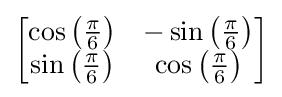
{\begin{bmatrix}\cos \left({\frac {\pi }{6}}\right)&-\sin \left({\frac {\pi }{6}}\right)\\\sin \left({\frac {\pi }{6}}\right)&\cos \left({\frac {\pi }{6}}\right)\end{bmatrix}}